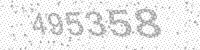
Solution: 495358